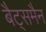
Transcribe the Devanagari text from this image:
बैट्समैन